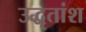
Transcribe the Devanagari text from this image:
उद्धृतांश